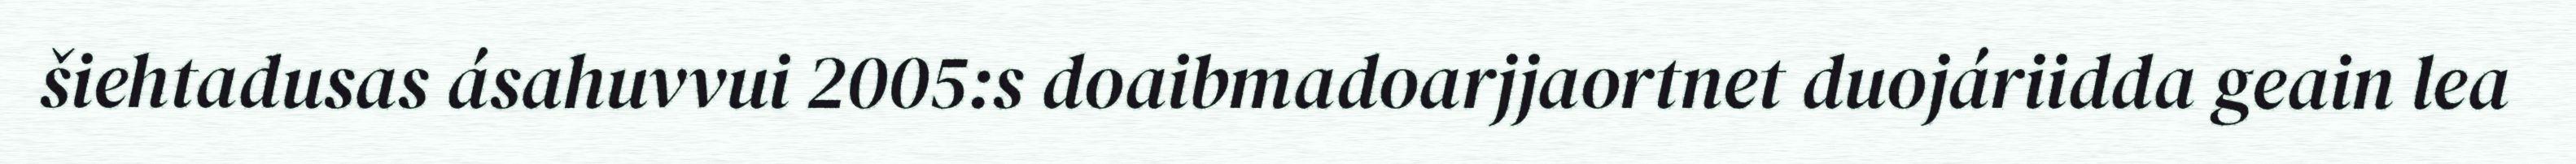
šiehtadusas ásahuvvui 2005:s doaibmadoarjjaortnet duojáriidda geain lea